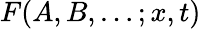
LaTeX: F(A,B,\ldots;x,t)